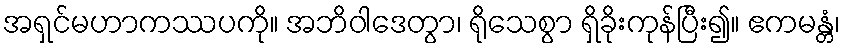
အရှင်မဟာကဿပကို။ အဘိဝါဒေတွာ၊ ရိုသေစွာ ရှိခိုးကုန်ပြီး၍။ ဧကမန္တံ၊